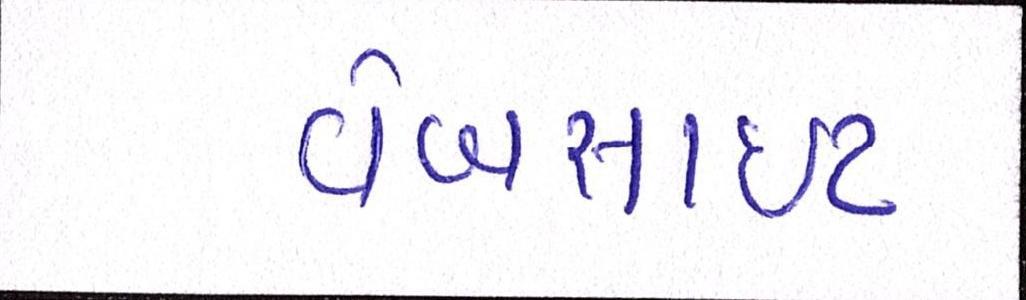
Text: વેબસાઈટ